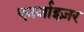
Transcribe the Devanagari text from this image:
एनर्जाइज़र